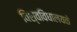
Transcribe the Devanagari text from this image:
विश्वविधालयके